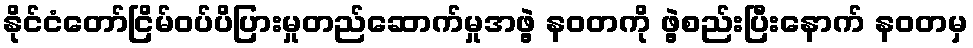
နိုင်ငံတော်ငြိမ်ဝပ်ပိပြားမှုတည်ဆောက်မှုအဖွဲ့ နဝတကို ဖွဲ့စည်းပြီးနောက် နဝတမှ